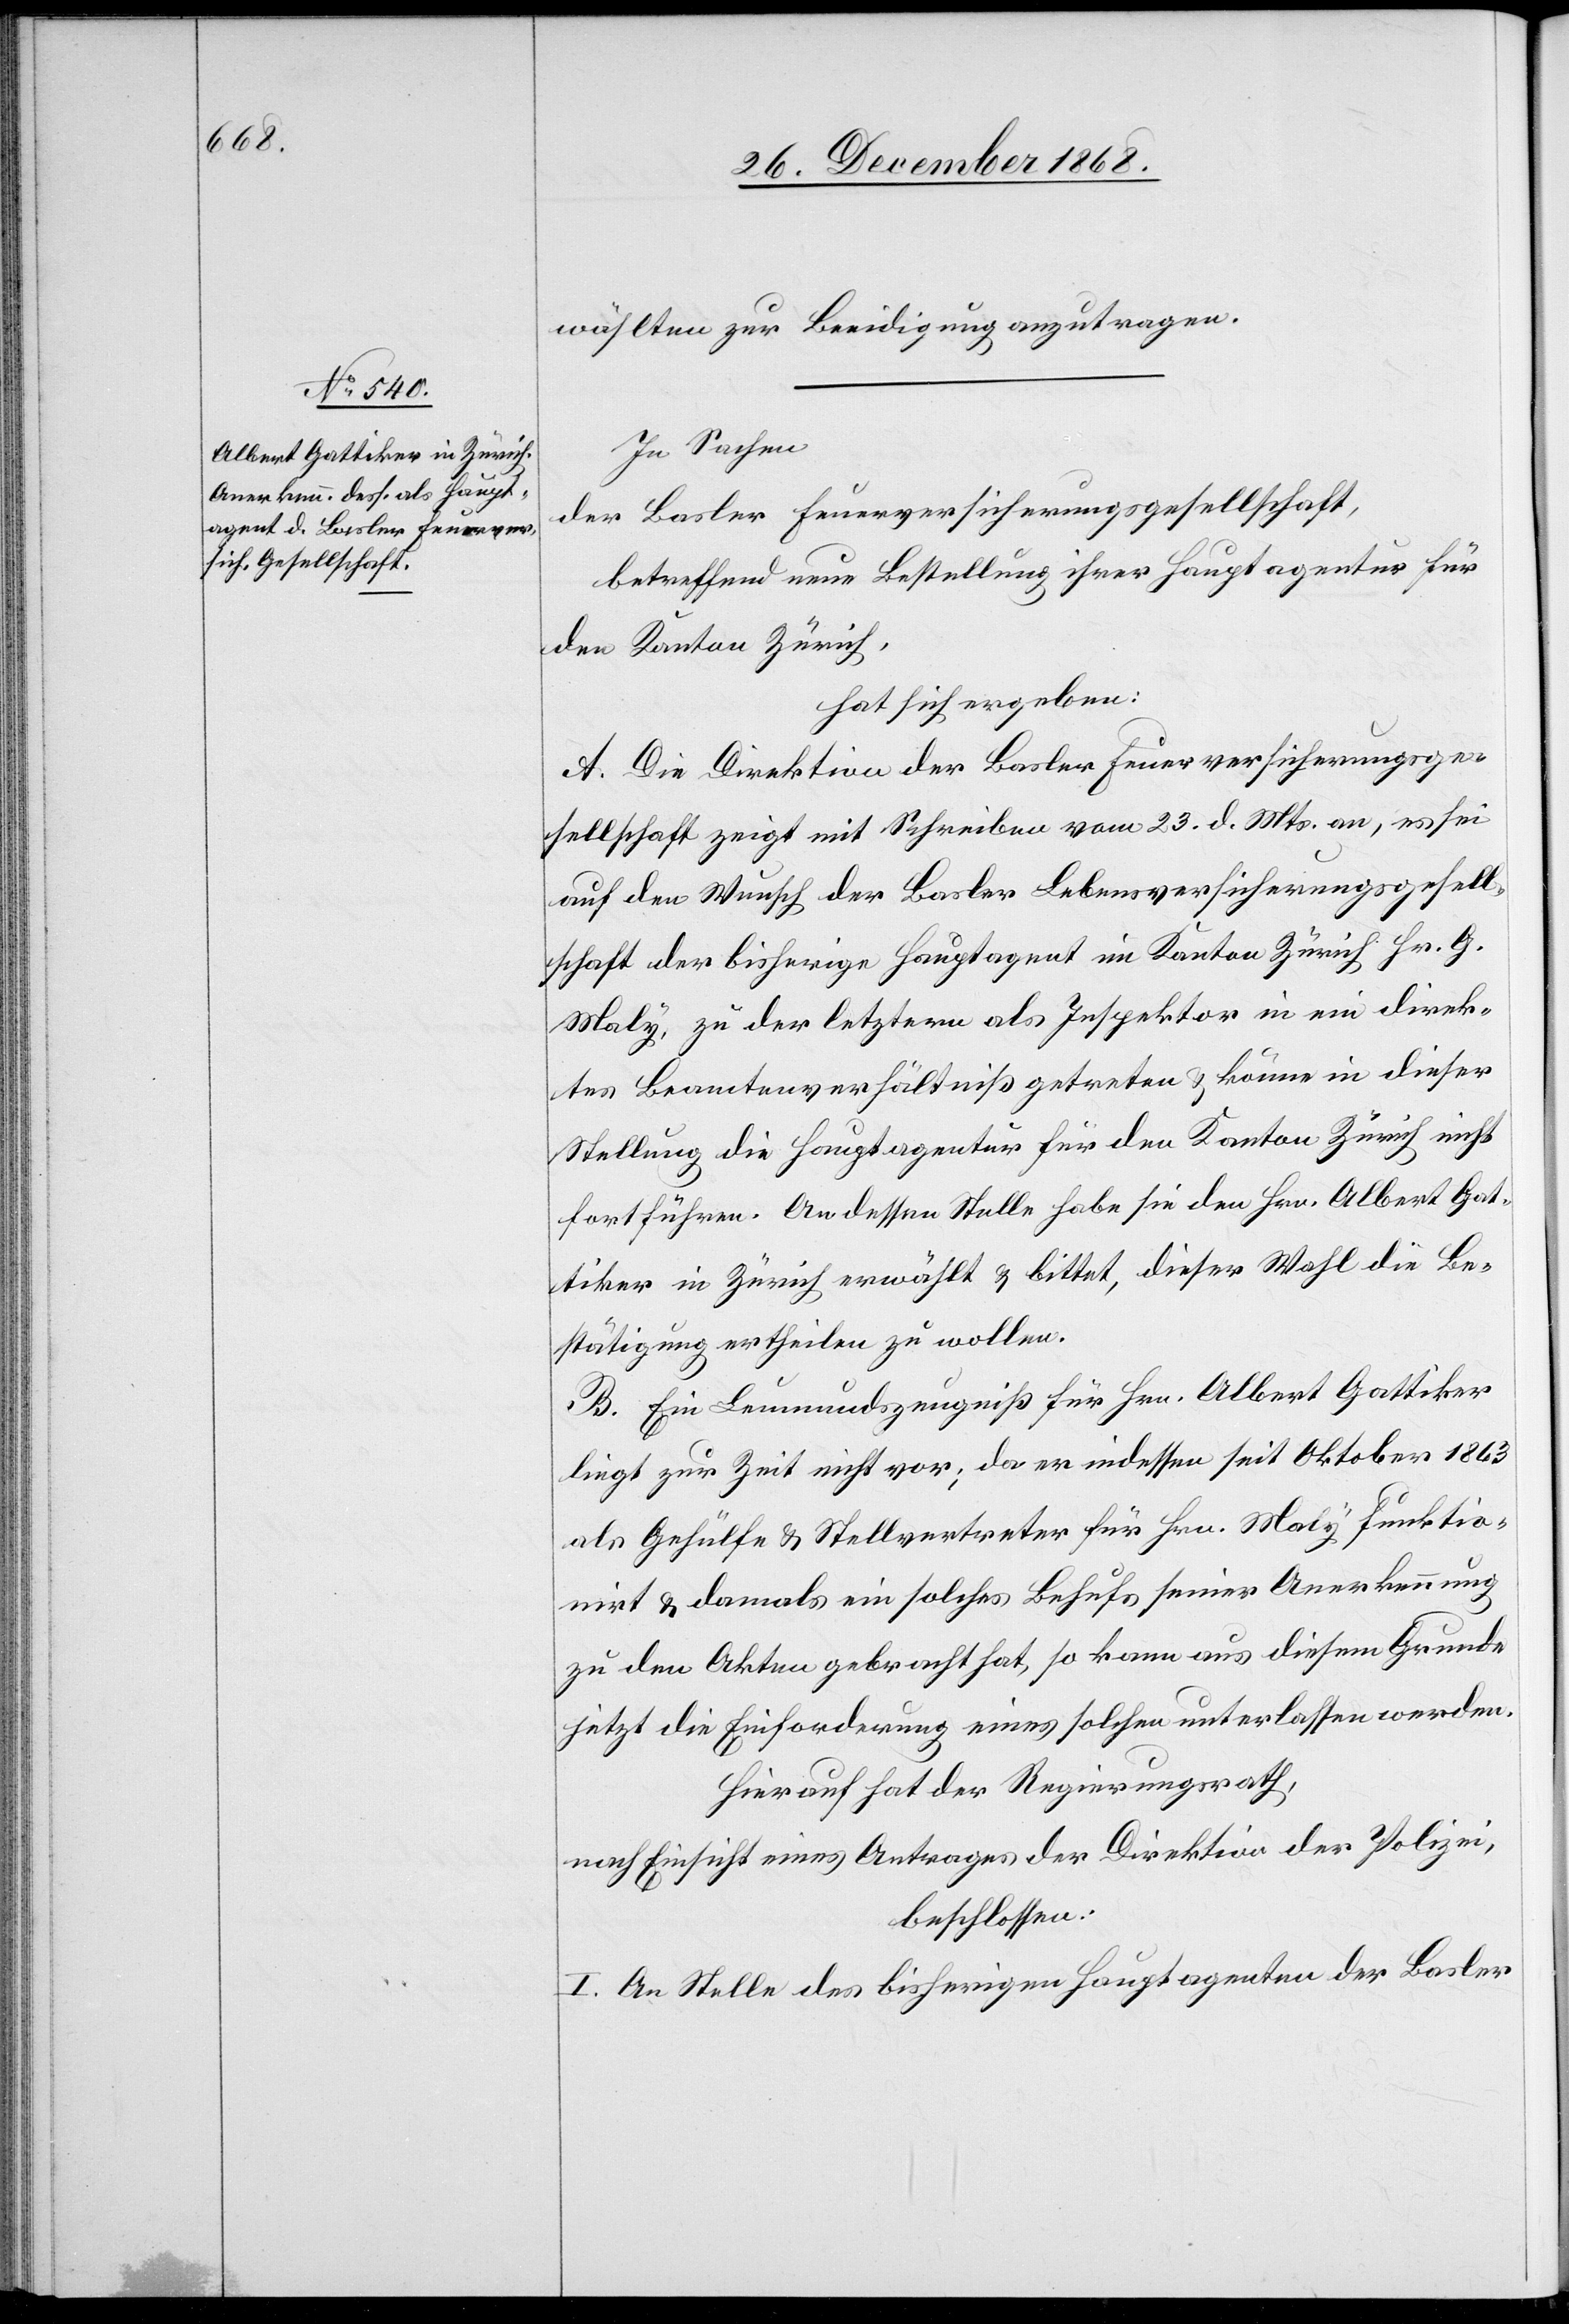
wählten zur Beeidigung anzutragen.
In Sachen
der Basler Feuerversicherungsgesellschaft,
betreffend neue Bestellung ihrer Hauptagentur für
den Kanton Zürich,
hat sich ergeben:
A. Die Direktion der Basler Feuerversicherungsge¬
sellschaft zeigt mit Schreiben vom 23. d. Mts. an, es sei
auf den Wunsch der Basler Lebensversicherungsgesell¬
schaft der bisherige Hauptagent im Kanton Zürich Hr. G.
Maly, zu der letztern als Inspektor in ein direk¬
tes Beamtenverhältniß getreten & könne in dieser
Stellung die Hauptagentur für den Kanton Zürich nicht
fortführen. An dessen Stelle habe sie den Hrn. Albert Gat¬
tiker in Zürich erwählt & bittet, dieser Wahl die Be¬
stätigung ertheilen zu wollen.
B. Ein Leumundszeugniß für Hrn. Albert Gattiker
liegt zur Zeit nicht vor; da er indessen seit Oktober 1863
als Gehülfe & Stellvertreter für Hrn. Maly funktio¬
nirt & damals ein solches Behufs seiner Anerkennung
zu den Akten gebracht hat, so kann aus diesem Grunde
jetzt die Einforderung eines solchen unterlassen werden.
Hierauf hat der Regierungsrath,
nach Einsicht eines Antrages der Direktion der Polizei,
beschlossen:
I. An Stelle des bisherigen Hauptagenten der Basler